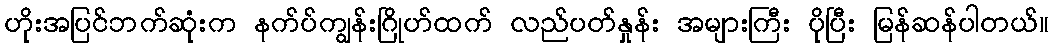
ဟိုးအပြင်ဘက်ဆုံးက နက်ပ်ကျွန်းဂြိုဟ်ထက် လည်ပတ်နှုန်း အများကြီး ပိုပြီး မြန်ဆန်ပါတယ်။